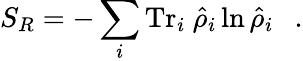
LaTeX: S_{R}=-\sum_{i}\mathrm{Tr}_{i}~\hat{\rho}_{i}\ln\hat{\rho}_{i}~~~.